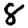
Digit: 8